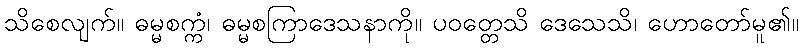
သိစေလျက်။ ဓမ္မစက္ကံ၊ ဓမ္မစကြာဒေသနာကို။ ပဝတ္တေသိ ဒေသေသိ၊ ဟောတော်မူ၏။